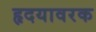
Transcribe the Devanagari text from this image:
हृदयावरक